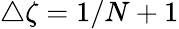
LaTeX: \triangle\zeta=1/N+1